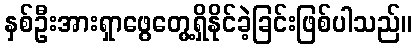
နှစ်ဦးအားရှာဖွေတွေ့ရှိနိုင်ခဲ့ခြင်းဖြစ်ပါသည်။